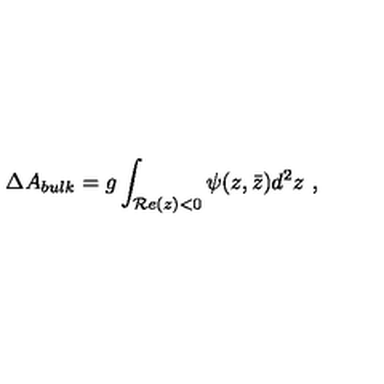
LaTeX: \Delta A _ { b u l k } = g \int _ { { \cal R } e ( z ) < 0 } \psi ( z , \bar { z } ) d ^ { 2 } z \ ,